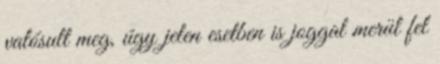
valósult meg, úgy jelen esetben is joggal merül fel